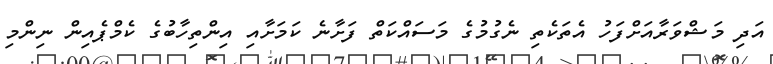
އަދި މަޝްވަރާއަށްފަހު އެތަކެތި ނެގުމުގެ މަސައްކަތް ފަށާނެ ކަމަށާއި އިންތިހާބުގެ ކެމްޕެއިން ނިންމި